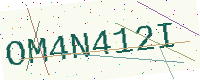
Text: OM4N412I